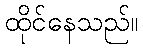
ထိုင်နေသည်။